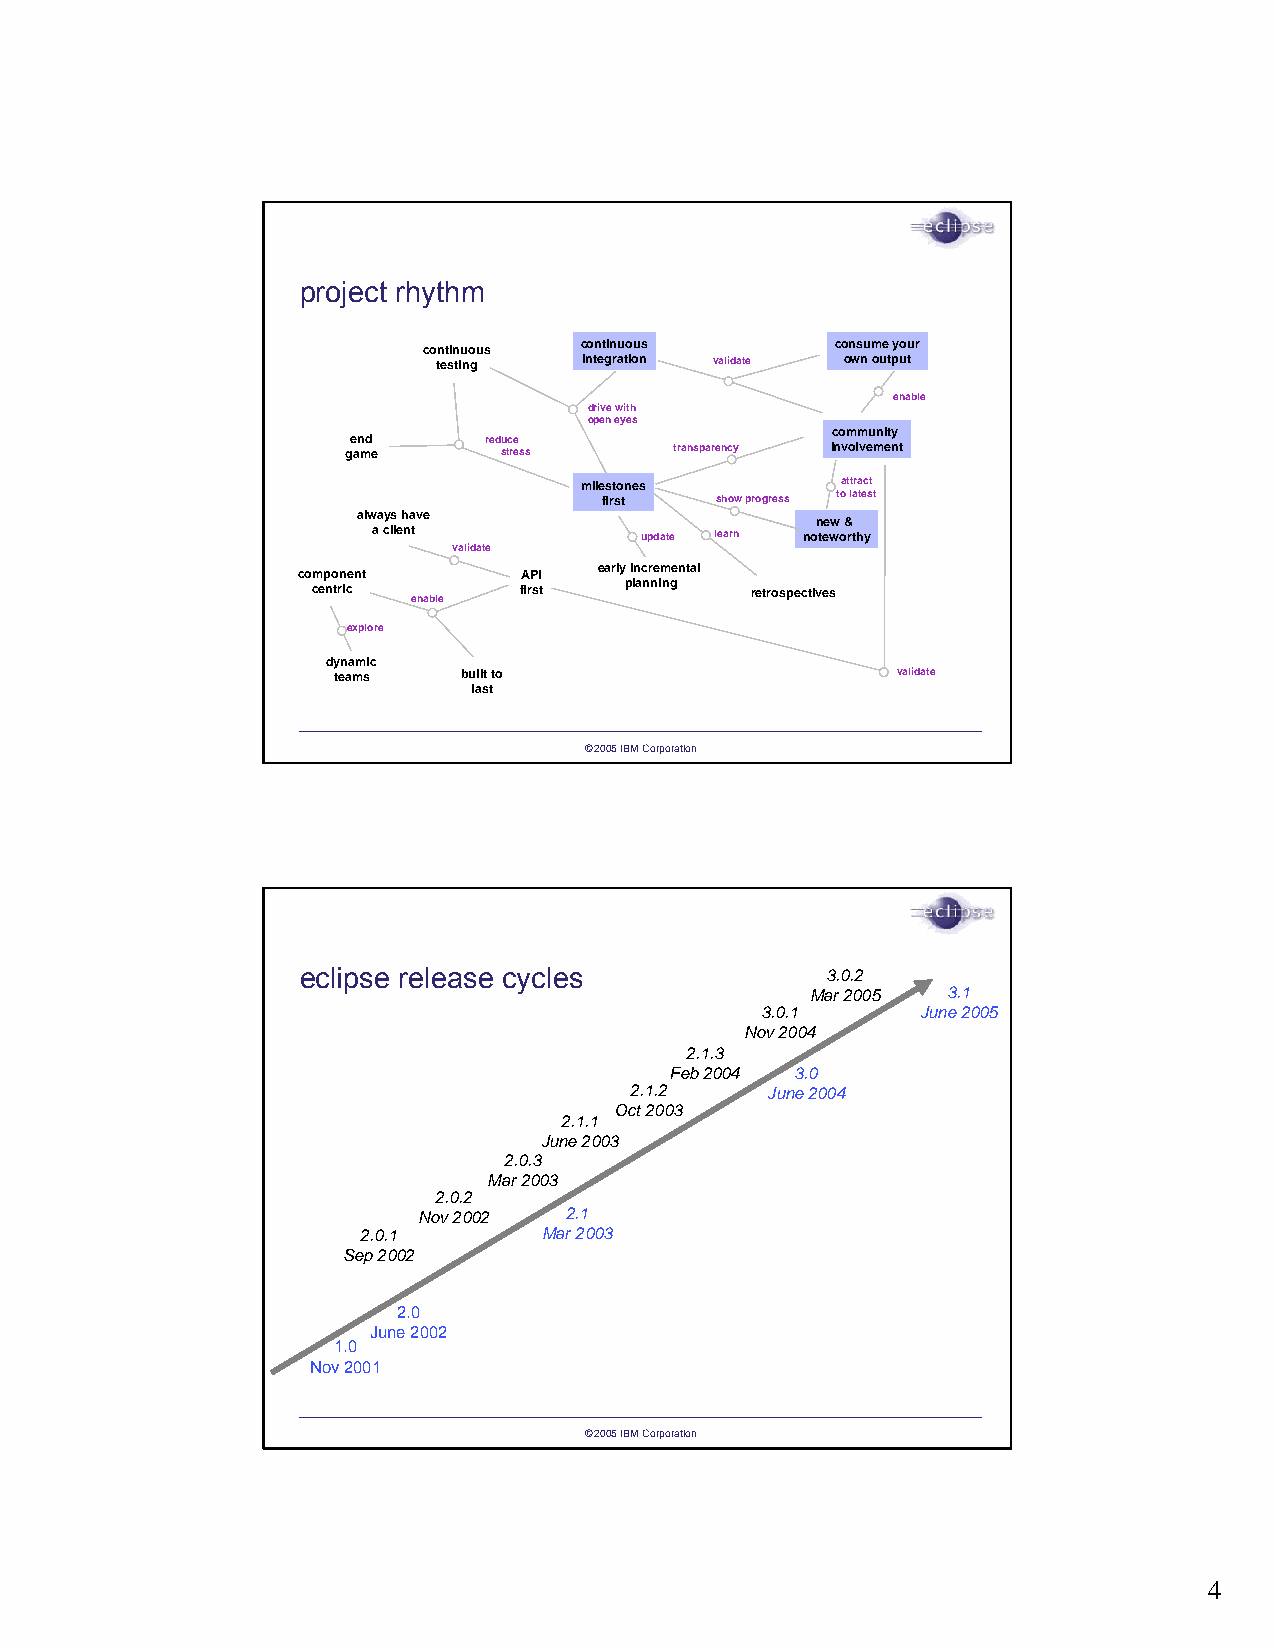
project rhythm
 continuous continuous      consume your
 testing   integration validate own output
 enable
 drive with
 open eyes
 community
 end      reduce
 game      stress      transparency involvement
 milestones        attract
 first  show progress to latest
 always have
 new &
 a client         update learn noteworthy
 validate
 component      API  early incremental
 centric enable first planning retrospectives
 explore
 dynamic
 teams    built to                    validate
 last
 ©2005 IBM Corporation
 eclipse release cycles             3.0.2
 Mar 2005 3.1
 3.0.1      June 2005
 Nov 2004
 2.1.3
 Feb 2004 3.0
 2.1.2    June 2004
 Oct 2003
 2.1.1
 June 2003
 2.0.3
 Mar 2003
 2.0.2
 Nov 2002 2.1
 2.0.1       Mar 2003
 Sep 2002
 2.0
 June 2002
 1.0
 Nov 2001
 ©2005 IBM Corporation
 4